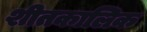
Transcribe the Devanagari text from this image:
शीतकालिक